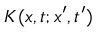
K ( x , t ; x ^ { \prime } , t ^ { \prime } )